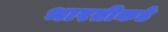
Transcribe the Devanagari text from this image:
भारतीकडे